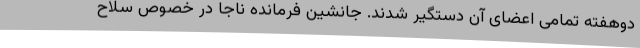
دوهفته تمامی اعضای آن دستگیر شدند. جانشین فرمانده ناجا در خصوص سلاح